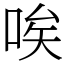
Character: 唉